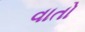
વાતો